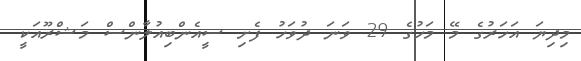
މިދިޔަ އަހަރުގެ މޭ މަހުގެ 29 ވަނަ ދުވަހު ފެށި ސީއެންބިއުލާންސް މަޝްރޫއަކީ